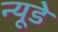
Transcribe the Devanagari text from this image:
न्यूडे